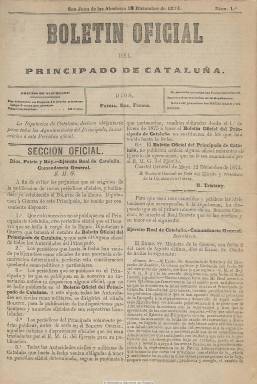
Título: Boletín oficial del Principado de Cataluña
Colección: Gacetas || Carlismo
Ámbito geográfico: Gerona
Lugar de publicación: San Juan de las Abadesas [Gerona]
Fechas: 18/12/1874-31/03/1875

Comienza a publicarse el 18 de diciembre de 1874, en plena tercera guerra carlista (1872-1876) y después de que Carlos de Borbón y Austria-Este (1848-1909) emitiera un decreto real en Estella (Navarra) por el que restituía los fueros catalanes. Ordena su edición Rafael Tristany i Parera (1814-1899), general en jefe del ejército real carlista en Cataluña y presidente de su “Diputación á Guerra”, es decir, la Diputación General catalana creada como organismo político consultivo por el citado real decreto emitido por el pretendiente Carlos VII a la Corona de España. Aunque se le ha podido considerar -desde que fueran abolidas las instituciones constitucionales catalanas en 1714- como el primer presidente de esta Generalitat carlista, Tristany no aparece en la lista oficial de los 129 presidentes de la Generalitat catalana habidos desde el siglo XIV hasta el año 2010.

Con el lema “Dios, patria, rey, fueros” estampado en su cabecera, aparecerá en entregas de cuatro páginas, compuestas a dos columnas, cada miércoles y sábado, de la Imprenta de la Diputación, probablemente de carácter ambulante –tal como las hubo durante la Guerra de la Independencia (1808-1814)-, que tendrá su sede provisional en San Juan de las Abadesas (= Sant Joan de les Abadesses, Girona). Tristany dispone de que no se publiquen más periódicos oficiales en el principado de Cataluña que este boletín, y ordena que han de suscribirse al mismo todas las comandancias militares y dependencias de la Diputación y que sea obligatoria esta suscripción para todos los ayuntamientos catalanes. Se atribuye la dirección del boletín a Rafael Fortuny Portell.

Como canal en donde se irán publicando las disposiciones de las máximas autoridades políticas y militares del “Real Ejército” carlista, el boletín tendrá una Sección oficial, en donde se irá insertando la normativa para la constitución de un Estado catalán de carácter independiente y tradicionalista, como es el caso de la creación de los Mozos de Escuadra (= Mossos d’Esquadra) o el Somatén. También tiene otra Sección no oficial y de noticias, en donde se insertan breves y una especie de revista de prensa de publicaciones, preferentemente carlistas, como es el caso de El cuarte real (1873), que ofrecen información sobre los acontecimientos de esta guerra civil; además de bandos, proclamas, etc.

La colección de la Biblioteca Nacional de España consta de 26 números de este boletín, correspondiendo el ultimo al 31 de marzo de 1875. Esta Generalitat carlista catalana quedará disuelta en agosto de ese año.